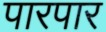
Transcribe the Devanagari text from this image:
पारपार